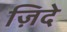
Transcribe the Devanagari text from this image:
ज़िदे